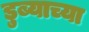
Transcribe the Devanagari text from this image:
डुब्याच्या